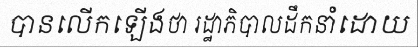
បានលើកឡើងថា រដ្ឋាភិបាលដឹកនាំដោយ